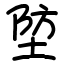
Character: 埅